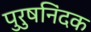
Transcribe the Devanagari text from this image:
पुरुषनिंदक